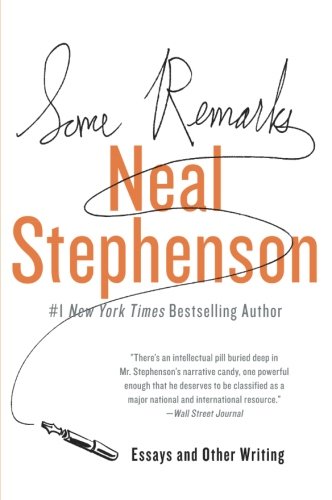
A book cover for Some Remarks: Essays and Other Writing; Neal Stephenson; Literature & Fiction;